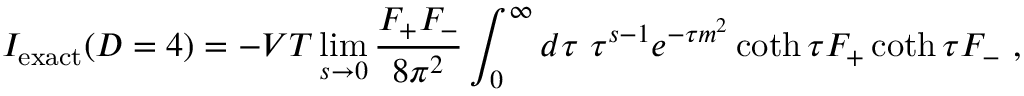
I _ { \mathrm { e x a c t } } ( D = 4 ) = - V T \operatorname * { l i m } _ { s \rightarrow 0 } { \frac { F _ { + } F _ { - } } { 8 \pi ^ { 2 } } } \int _ { 0 } ^ { \infty } d \tau \ \tau ^ { s - 1 } e ^ { - \tau m ^ { 2 } } \coth \tau F _ { + } \coth \tau F _ { - } \ ,